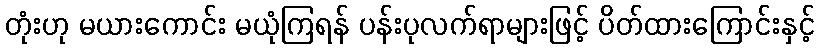
တုံးဟု မယားကောင်း မယုံကြရန် ပန်းပုလက်ရာများဖြင့် ပိတ်ထားကြောင်းနှင့်